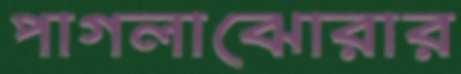
পাগলাঝোরার